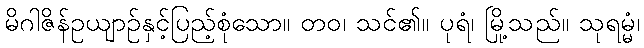
မိဂါဇိန်ဥယျာဉ်နှင့်ပြည့်စုံသော။ တဝ၊ သင်၏။ ပုရံ၊ မြို့သည်။ သုရမ္မံ၊